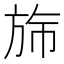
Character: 𬀂